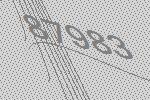
87983